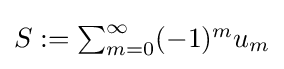
{\textstyle S:=\sum _{m=0}^{\infty }(-1)^{m}u_{m}}